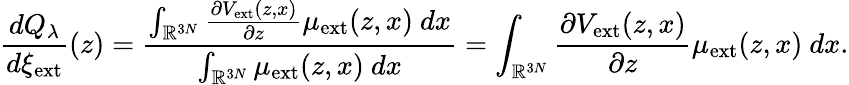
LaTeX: \frac{dQ_{\lambda}}{d\xi_{\mathrm{ext}}}(z)=\frac{\int_{\mathbb{R}^{3N}}\frac{\partial V_{\mathrm{ext}}(z,x)}{\partial z}\mu_{\mathrm{ext}}(z,x)\ dx}{\int_{\mathbb{R}^{3N}}\mu_{\mathrm{ext}}(z,x)\ dx}=\int_{\mathbb{R}^{3N}}\frac{\partial V_{\mathrm{ext}}(z,x)}{\partial z}\mu_{\mathrm{ext}}(z,x)\ dx.